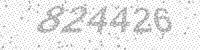
Solution: 824426